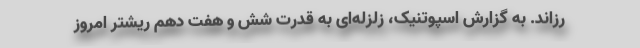
رزاند. به گزارش اسپوتنیک، زلزله‌ای به قدرت شش و هفت دهم ریشتر امروز